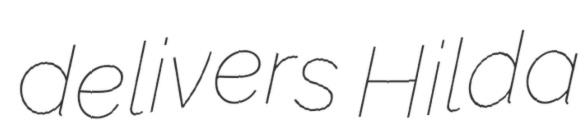
delivers Hilda